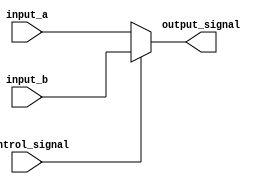
module multiplexer (
    input [7:0] input_a,
    input [7:0] input_b,
    input control_signal,
    output reg [7:0] output_signal
);

always @ (control_signal or input_a or input_b)
    begin
        if(control_signal == 0)
            output_signal = input_a;
        else
            output_signal = input_b;
    end

endmodule